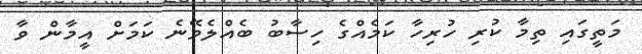
މަތީގައި ތިމާ ކުރި ހުރިހާ ކަމެއްގެ ހިސާބު ބެއްލެވޭނެ ކަމަށް އީމާން ވާ